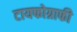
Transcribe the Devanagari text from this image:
टायफोग्राफी